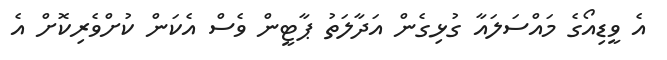
އެ ވީޑިއޯގެ މައްސަލައާ ގުޅިގެން އަދާލަތު ޕާޓީން ވެސް އެކަން ކުށްވެރިކޮށް އެ